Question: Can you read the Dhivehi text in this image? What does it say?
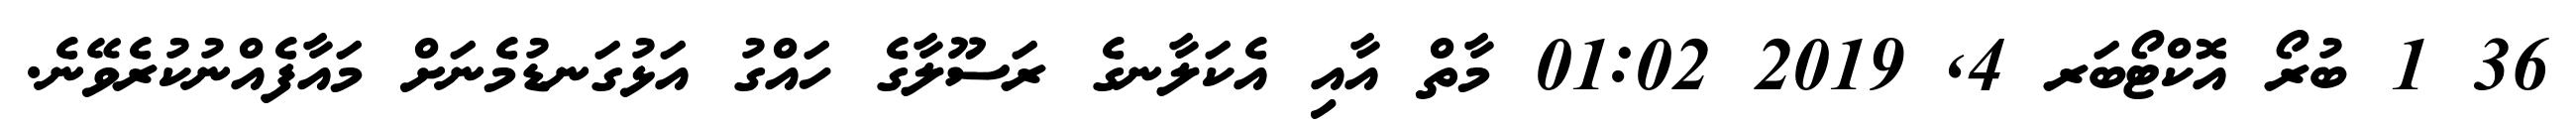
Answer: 36 1 ބުރޯ އޮކްޓޯބަރ 4, 2019 01:02 މާތް އާއި އެކަލާނގެ ރަސޫލާގެ ހައްގު އަޅުގަނޑުމެނަށް މައާފެއްނުކުރެވޭނެ.